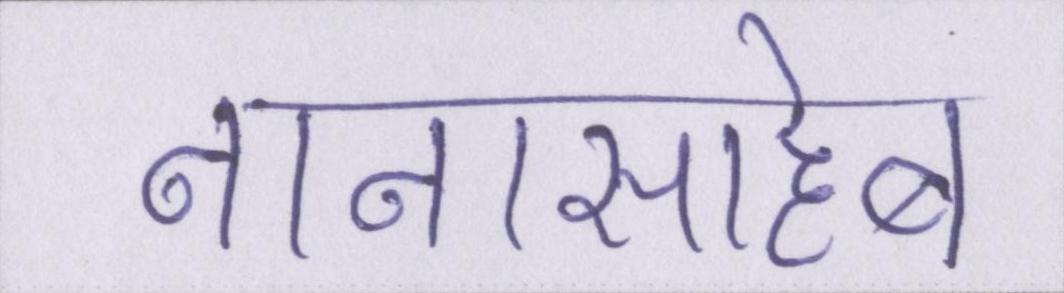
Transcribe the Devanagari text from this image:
नानासाहेब